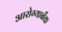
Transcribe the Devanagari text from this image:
आरोग्याबँक